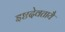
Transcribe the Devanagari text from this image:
इष्टदेवतायै